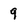
Character: 9